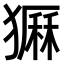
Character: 𤡫